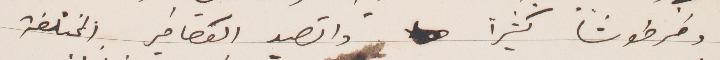
وخرطوشًا كثيرًا واتصيد العصافير المختلطة